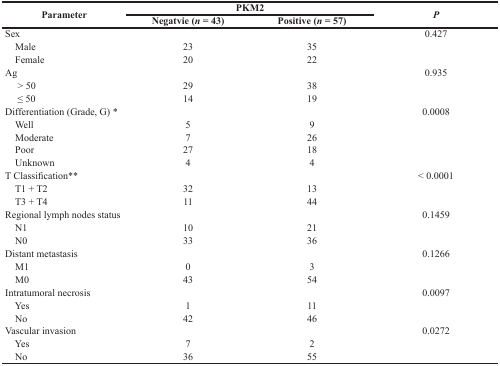
<table><thead><tr><td rowspan="2"><b>Parameter</b></td><td colspan="2"><b>PKM2</b></td><td rowspan="2"><b><i>P</i></b></td></tr><tr><td><b>Negatvie (<i>n</i> = 43)</b></td><td><b>Positive (<i>n</i> = 57)</b></td></tr></thead><tbody><tr><td>Sex</td><td></td><td></td><td>0.427</td></tr><tr><td> Male</td><td>23</td><td>35</td><td></td></tr><tr><td> Female</td><td>20</td><td>22</td><td></td></tr><tr><td>Ag</td><td></td><td></td><td>0.935</td></tr><tr><td> &gt; 50</td><td>29</td><td>38</td><td></td></tr><tr><td> ≤ 50</td><td>14</td><td>19</td><td></td></tr><tr><td>Differentiation (Grade, G) <sup>*</sup></td><td></td><td></td><td>0.0008</td></tr><tr><td> Well</td><td>5</td><td>9</td><td></td></tr><tr><td> Moderate</td><td>7</td><td>26</td><td></td></tr><tr><td> Poor</td><td>27</td><td>18</td><td></td></tr><tr><td> Unknown</td><td>4</td><td>4</td><td></td></tr><tr><td>T Classification<sup>**</sup></td><td></td><td></td><td>&lt; 0.0001</td></tr><tr><td> T1 + T2</td><td>32</td><td>13</td><td></td></tr><tr><td> T3 + T4</td><td>11</td><td>44</td><td></td></tr><tr><td>Regional lymph nodes status</td><td></td><td></td><td>0.1459</td></tr><tr><td> N1</td><td>10</td><td>21</td><td></td></tr><tr><td> N0</td><td>33</td><td>36</td><td></td></tr><tr><td>Distant metastasis</td><td></td><td></td><td>0.1266</td></tr><tr><td> M1</td><td>0</td><td>3</td><td></td></tr><tr><td> M0</td><td>43</td><td>54</td><td></td></tr><tr><td>Intratumoral necrosis</td><td></td><td></td><td>0.0097</td></tr><tr><td> Yes</td><td>1</td><td>11</td><td></td></tr><tr><td> No</td><td>42</td><td>46</td><td></td></tr><tr><td>Vascular invasion</td><td></td><td></td><td>0.0272</td></tr><tr><td> Yes</td><td>7</td><td>2</td><td></td></tr><tr><td> No</td><td>36</td><td>55</td><td></td></tr></tbody></table>